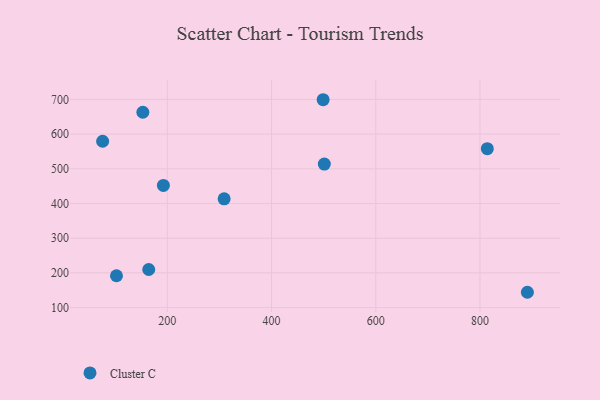
{"axis": {"x": "Engine Size", "y": "Exam Score"}, "legend": ["Cluster C"], "data": [{"x": "192.4", "y": 452.0, "type": "Cluster C"}, {"x": "499.0", "y": 699.1, "type": "Cluster C"}, {"x": "102.4", "y": 191.8, "type": "Cluster C"}, {"x": "891.0", "y": 144.1, "type": "Cluster C"}, {"x": "814.1", "y": 558.0, "type": "Cluster C"}, {"x": "75.8", "y": 579.4, "type": "Cluster C"}, {"x": "501.3", "y": 513.7, "type": "Cluster C"}, {"x": "153.0", "y": 663.0, "type": "Cluster C"}, {"x": "309.0", "y": 413.6, "type": "Cluster C"}, {"x": "164.3", "y": 209.7, "type": "Cluster C"}]}